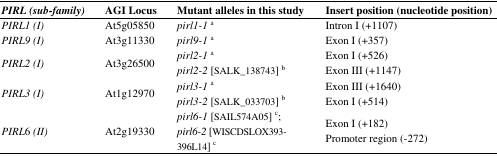
<table><thead><tr><td><b><i>PIRL</i><i>(sub-family)</i></b></td><td><b>AGI Locus </b></td><td><b>Mutant alleles in this study</b></td><td><b>Insert position (nucleotide position)</b></td></tr></thead><tbody><tr><td><i>PIRL1 (I)</i></td><td>At5g05850</td><td><i>pirl1-1 <sup>a</sup></i></td><td>Intron I (+1107)</td></tr><tr><td><i>PIRL9 (I)</i></td><td>At3g11330</td><td><i>pirl9-1 <sup>a</sup></i></td><td>Exon I (+357)</td></tr><tr><td rowspan="2"><i>PIRL2</i><i>(I)</i></td><td rowspan="2">At3g26500</td><td><i>pirl2-1 <sup>a</sup></i></td><td>Exon I (+526)</td></tr><tr><td><i>pirl2-2</i> [SALK_138743] <sup>b</sup></td><td>Exon III (+1147)</td></tr><tr><td rowspan="2"><i>PIRL3</i><i>(I)</i></td><td rowspan="2">At1g12970</td><td><i>pirl3-1 <sup>a </sup></i></td><td>Exon III (+1640)</td></tr><tr><td><i>pirl3-2</i> [SALK_033703] <sup>b</sup></td><td>Exon I (+514)</td></tr><tr><td rowspan="2"><i>PIRL</i>6<i>(II)</i></td><td rowspan="2">At2g19330</td><td><i>pirl6-1</i> [SAIL574A05] <sup>c</sup>; </td><td>Exon I (+182)</td></tr><tr><td><i>pirl6-2</i> [WISCDSLOX393-396L14] <sup>c</sup></td><td>Promoter region (-272)</td></tr></tbody></table>